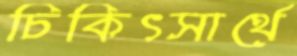
চিকিৎসার্থে